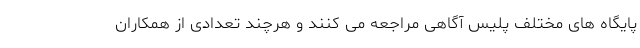
پایگاه های مختلف پلیس آگاهی مراجعه می کنند و هرچند تعدادی از همکاران